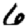
Digit: 6